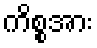
ကိစ္စအား